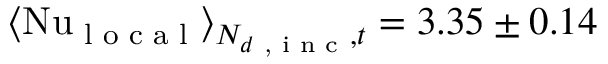
\langle \mathrm { N u } _ { \textrm { l o c a l } } \rangle _ { N _ { d \textrm { , i n c } } , t } = 3 . 3 5 \pm 0 . 1 4